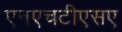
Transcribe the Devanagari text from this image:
एनएचटीएसए